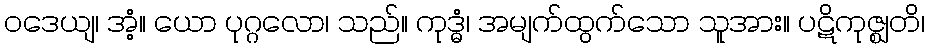
ဝဒေယျ၊ အံ့။ ယော ပုဂ္ဂလော၊ သည်။ ကုဒ္ဓံ၊ အမျက်ထွက်သော သူအား။ ပဋိကုဇ္ဈတိ၊